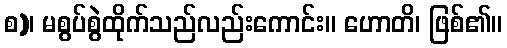
စ)၊ မစွပ်စွဲထိုက်သည်လည်းကောင်း။ ဟောတိ၊ ဖြစ်၏။